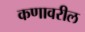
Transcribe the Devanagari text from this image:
कणावरील